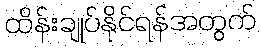
ထိန်းချုပ်နိုင်ရန်အတွက်